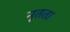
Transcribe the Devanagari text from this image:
नृतता